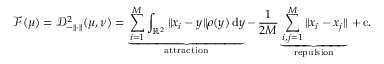
\mathcal F ( \mu ) = \mathcal D _ { - \| \cdot \| } ^ { 2 } ( \mu , \nu ) = \underbrace { \sum _ { i = 1 } ^ { M } \int _ { \mathbb { R } ^ { 2 } } \| x _ { i } - y \| \rho ( y ) \, \mathrm { d } y } _ { \mathrm { a t t r a c t i o n } } - \, \frac { 1 } { 2 M } \underbrace { \sum _ { i , j = 1 } ^ { M } \| x _ { i } - x _ { j } \| } _ { \mathrm { r e p u l s i o n } } \, + \, \mathrm { c } .